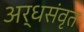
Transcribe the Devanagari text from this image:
अर्धसंवृत